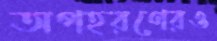
অপহরণেরও